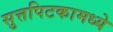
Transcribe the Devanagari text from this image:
सुत्तपिटकामध्ये